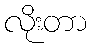
လိုးတာ